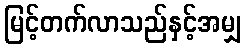
မြင့်တက်လာသည်နှင့်အမျှ